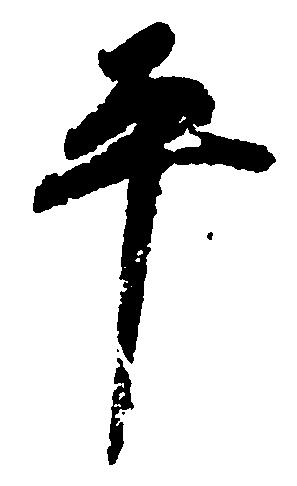
平